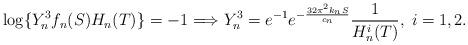
LaTeX: \begin{align*}\log\{Y_n^3 f_n(S) H_n(T)\}=-1 \Longrightarrow Y_n^3 =e^{-1}e^{-\frac{32\pi^2 k_n S}{c_n}}\frac{1}{H_n^i(T)},\;i = 1,2.\end{align*}